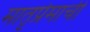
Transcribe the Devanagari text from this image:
मातृप्रेमाची